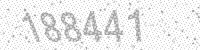
Solution: 188441